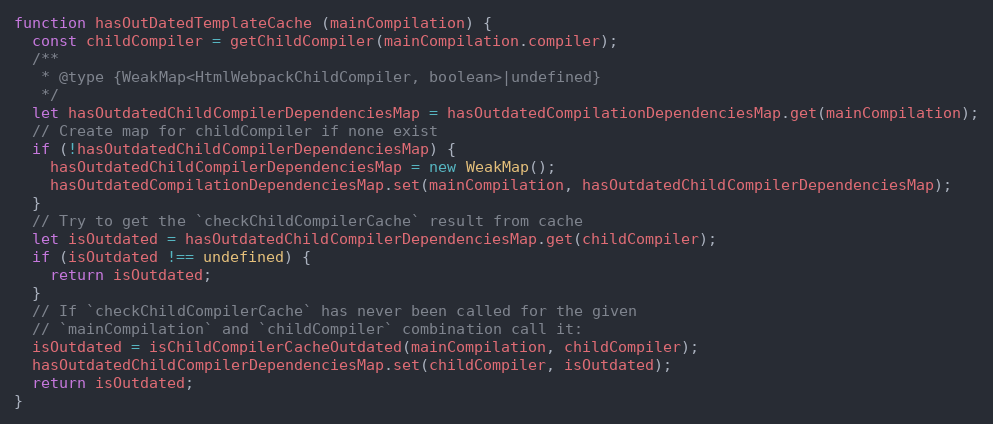
Language: JavaScript
function hasOutDatedTemplateCache (mainCompilation) {
  const childCompiler = getChildCompiler(mainCompilation.compiler);
  /**
   * @type {WeakMap<HtmlWebpackChildCompiler, boolean>|undefined}
   */
  let hasOutdatedChildCompilerDependenciesMap = hasOutdatedCompilationDependenciesMap.get(mainCompilation);
  // Create map for childCompiler if none exist
  if (!hasOutdatedChildCompilerDependenciesMap) {
    hasOutdatedChildCompilerDependenciesMap = new WeakMap();
    hasOutdatedCompilationDependenciesMap.set(mainCompilation, hasOutdatedChildCompilerDependenciesMap);
  }
  // Try to get the `checkChildCompilerCache` result from cache
  let isOutdated = hasOutdatedChildCompilerDependenciesMap.get(childCompiler);
  if (isOutdated !== undefined) {
    return isOutdated;
  }
  // If `checkChildCompilerCache` has never been called for the given
  // `mainCompilation` and `childCompiler` combination call it:
  isOutdated = isChildCompilerCacheOutdated(mainCompilation, childCompiler);
  hasOutdatedChildCompilerDependenciesMap.set(childCompiler, isOutdated);
  return isOutdated;
}